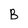
Character: B